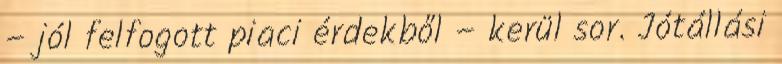
– jól felfogott piaci érdekből – kerül sor. Jótállási